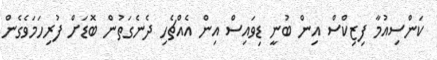
ކަންސިއުމާ ފިޒިކްސް އިން ބުނީ ޑިވައިސް އިން އެއްޗެހި ދެނެގަތުން ބޮޑަށް ފުރިހަމަވެގެން